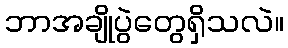
ဘာအချိုပွဲတွေရှိသလဲ။